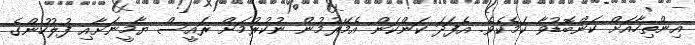
އިންތިހާއަށް ކަންބޮޑުވާ ކަމެކެވެ. އެފަދަ ކަންކަން އެމޭރުމުން ނުކުރުމަށް ރައީސް ޔާމީނަށާއި ފުލުހުންގެ